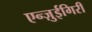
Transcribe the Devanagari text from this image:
एन्ज़ुईगिरी